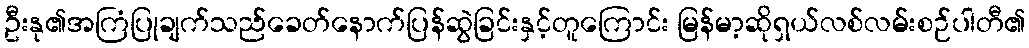
ဦးနု၏အကြံပြုချက်သည်ခေတ်နောက်ပြန်ဆွဲခြင်းနှင့်တူကြောင်း မြန်မာ့ဆိုရှယ်လစ်လမ်းစဉ်ပါတီ၏